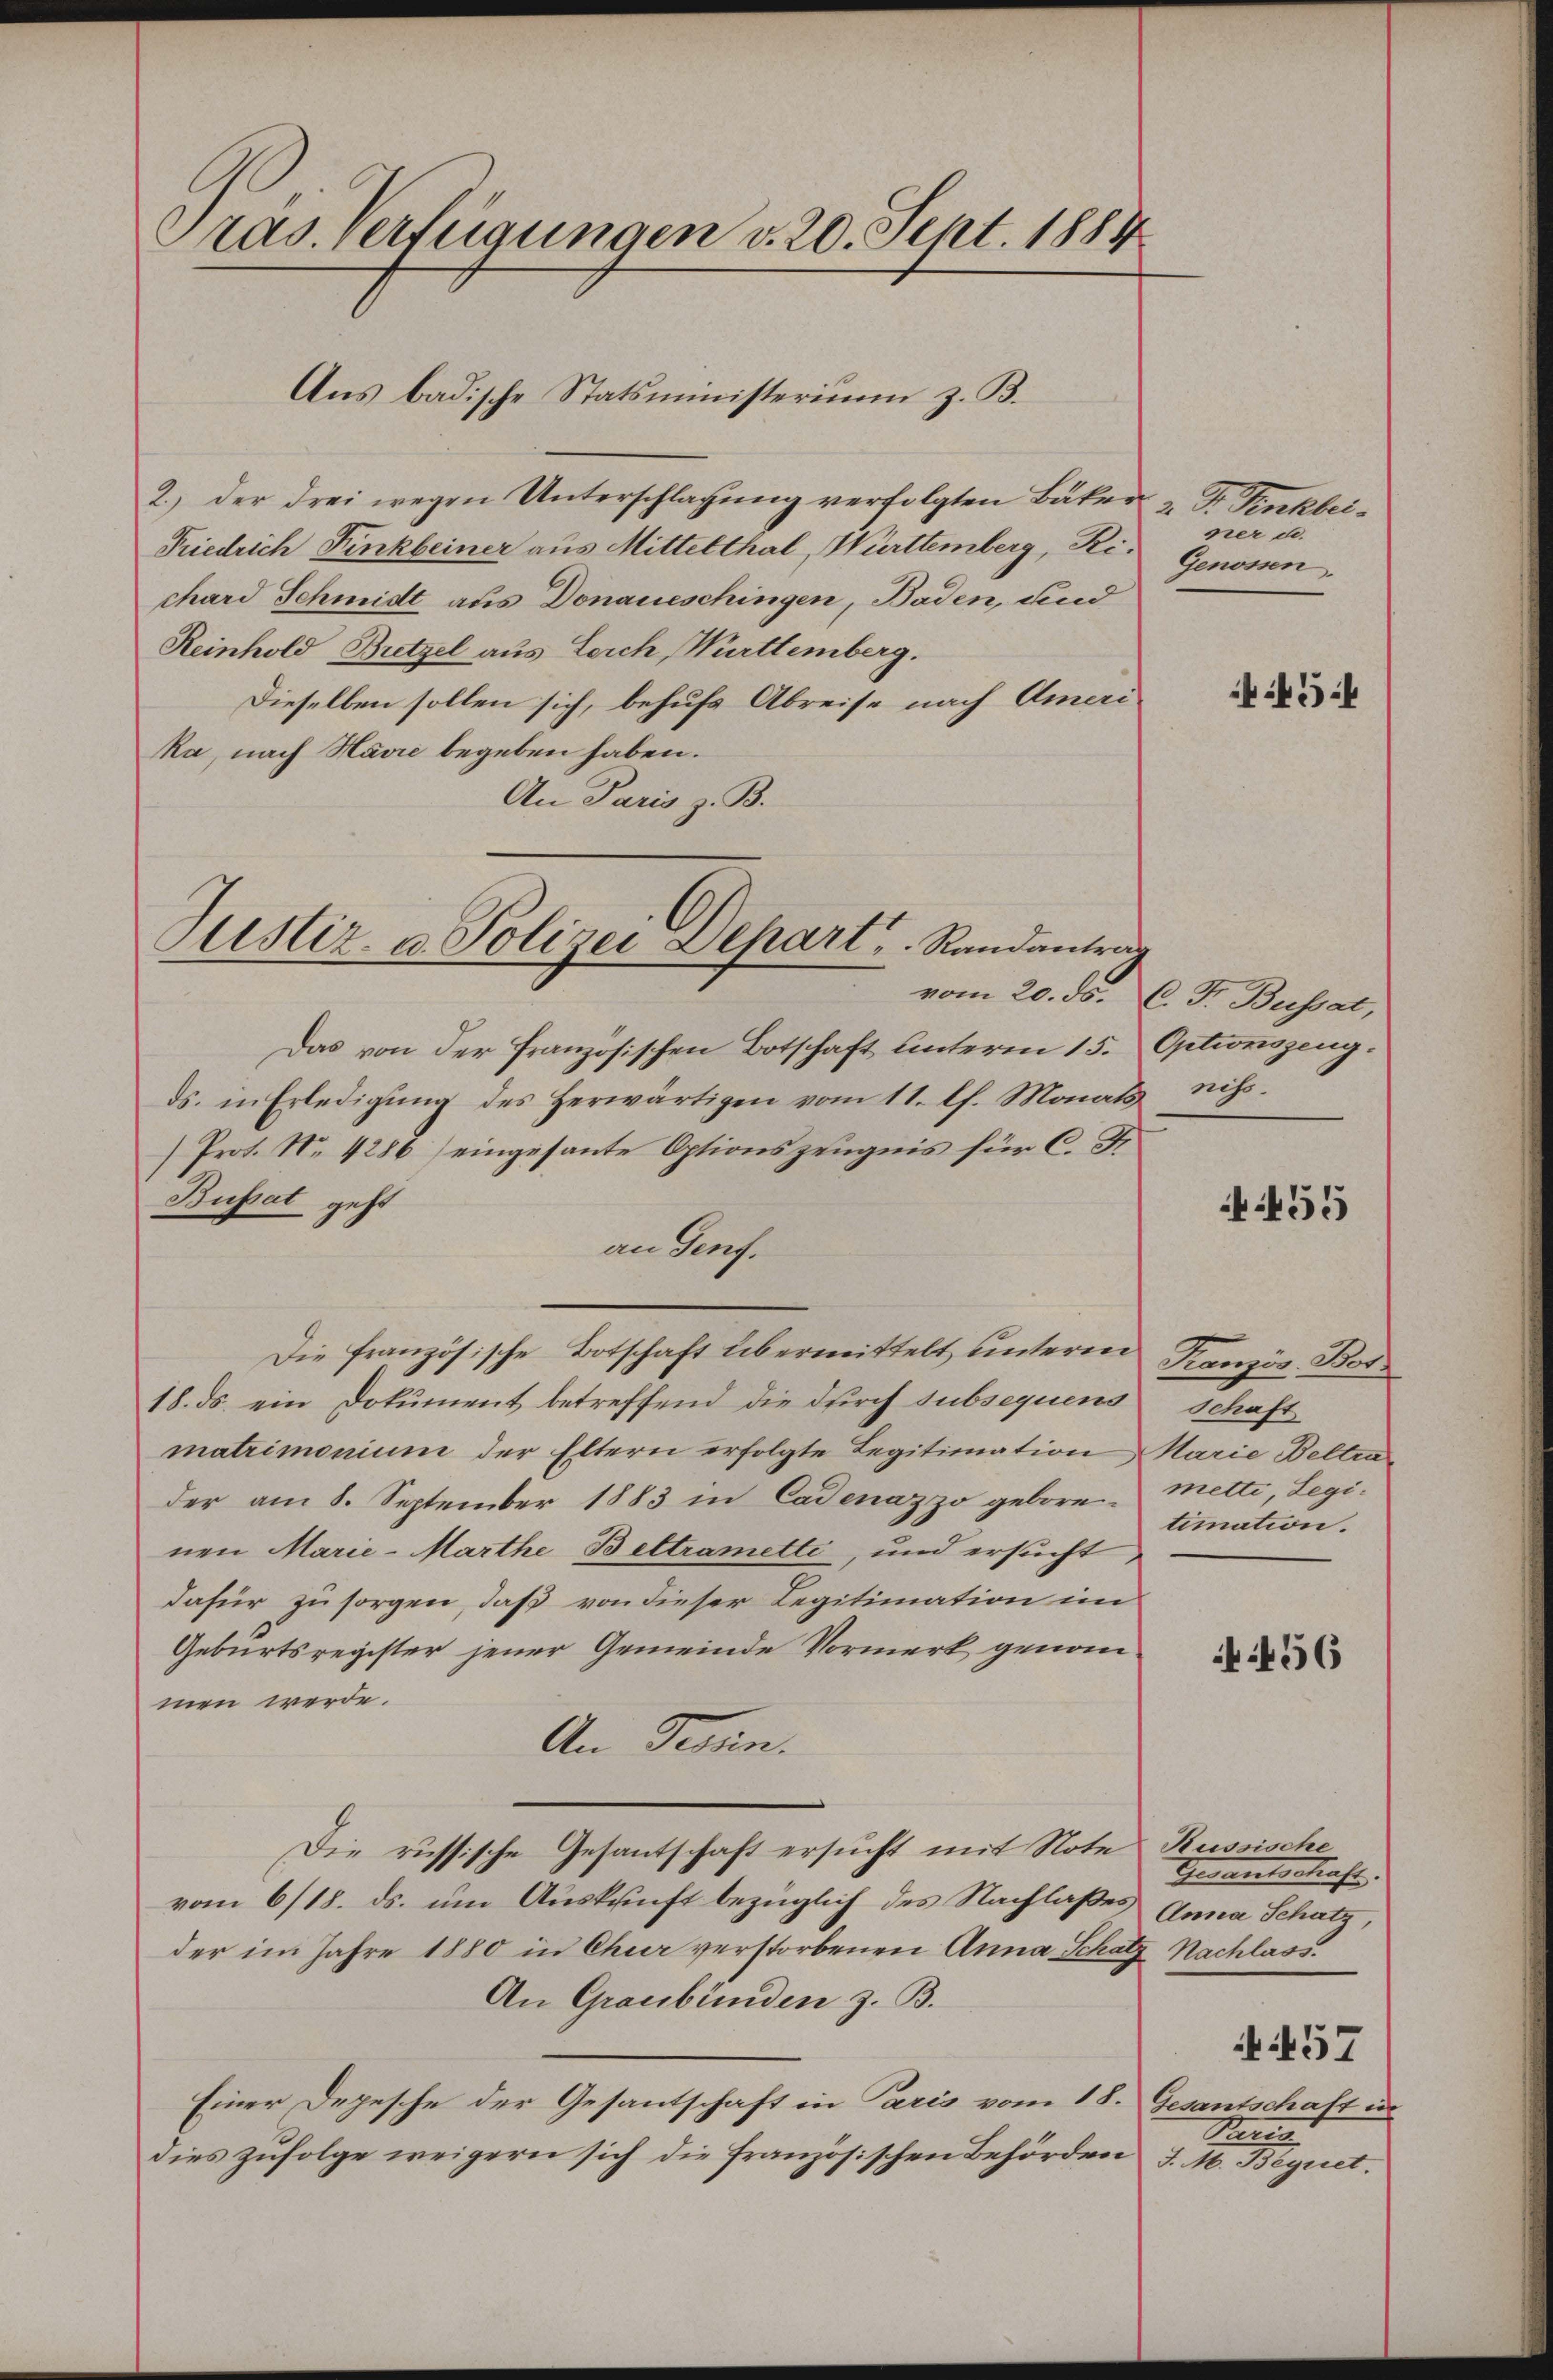
2.) der drei wegen Unterschlagung verfolgten Bäker & Dr. Finkbei¬
Friedrich Finkbeiner aus Mittelthal, Württemberg, Richard Schmidt aus Donaueschingen, Baden, und
Reinhold Bretzel aus Leich, Württemberg.
Dieselben sollen sich, behufs Abreise nach Ameri
ka, nach Harre begeben haben.
An Paris z. B.

Pras. Verfügungen v. 20. Sept. 1884

Aus badische Statsministerium z. B.

Justiz- u. Polizei Depart. Randantrag

Das von der französischen Botschaft unterm 15. Optionszeug.
ds. in Erledigung des herwärtigen vom 11. lh. Monats
(Prot. No. 4286) eingesante Optionszeugnis für C. F.
Busat geht
an darf.
Die französische Botschaft übermittelt unteren Kranzös. Bot
18. ds. ein Dokument betreffend die durch subsequens schaft
matrimonium der Eltern erfolgte Legitimation Marie Beltrader am 8. September 1883 in Cadenazzo gebore. Metti, Legi-
nen Marie-Marthe Beltrametti, und ersucht
dafür zu sorgen, daß von dieser Legitimation im
Geburtsregister jener Gemeinde Vormerk genom
men werde.
An Tern.
Die russische Gesantschaft ersucht mit Note Russische
vom 6/18. ds. um Auskunft bezüglich des Nachlasses Anna Schatz,
der im Jahre 1880 in Chur verstorbenen Anna Schatz Nachlass
An Graubünden z. B.
Einer Depesche der Gesantschaft in Paris vom 18. Gesantschaft in
dies zufolge weigern sich die französischen Behörden J. M. Begnet.

vom 20. ds. C. F. Busset,

ner d.
Genossen,

5

nift.

455

timation.

456

Gerantestrafe.

457
Prenis